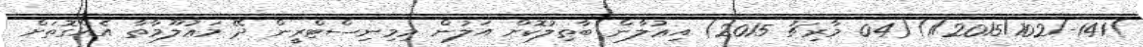
)141-/1/2015/102)(04 މާރިޗު 2015) އިޢުލާން ބާޠިލުކޮށް އަލުން މިމިނިސްޓްރީން ދޭ މަޢުލޫމާތާ އެއްގޮތަށް